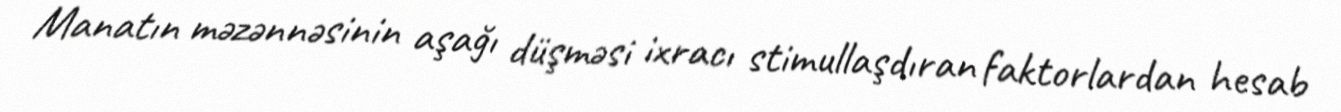
Manatın məzənnəsinin aşağı düşməsi ixracı stimullaşdıran faktorlardan hesab